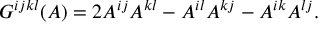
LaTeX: G ^ { i j k l } ( A ) = 2 A ^ { i j } A ^ { k l } - A ^ { i l } A ^ { k j } - A ^ { i k } A ^ { l j } .